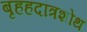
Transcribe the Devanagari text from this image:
बृहहदांत्रशोथ